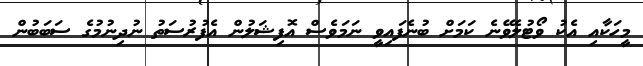
މީހަކާއި އެކު ވޯޓުލެވޭނެ ކަމަށް ބުނެފައިވީ ނަމަވެސް އޮފިޝަލުން އެފުރުސަތު ނުދިނުމުގެ ސަބަބުން